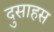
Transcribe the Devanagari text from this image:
दुसाहस